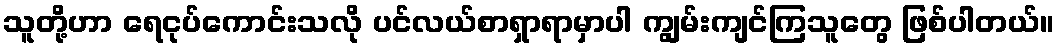
သူတို့ဟာ ရေငုပ်ကောင်းသလို ပင်လယ်စာရှာရာမှာပါ ကျွမ်းကျင်ကြသူတွေ ဖြစ်ပါတယ်။